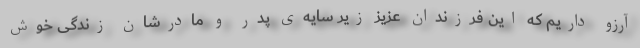
آرزو داریم که این فرزندان عزیز زیر سایه‌ی پدر و مادرشان زند‌گی خوش